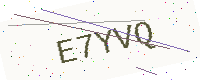
Text: E7YVQ